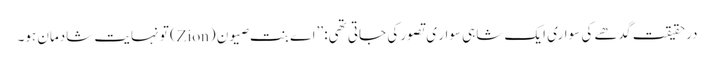
درحقیقت گدھے کی سواری ایک شاہی سوار ی تصور کی جاتی تھی: ’’اے بنتِ صیون (Zion) تو نہایت شادمان ہو۔